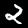
Digit: 2